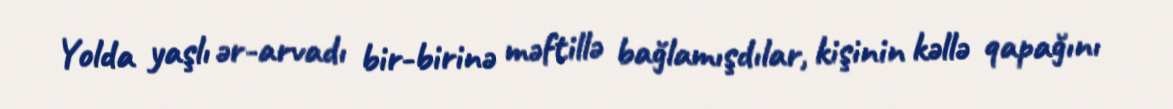
Yolda yaşlı ər-arvadı bir-birinə məftillə bağlamışdılar, kişinin kəllə qapağını